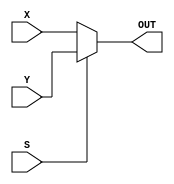
// Name:Maha Maher Mali
//ID:1200746
module Maha_1200746mux(X,Y,S,OUT);
input S;
input X,Y;
output OUT;
reg OUT;
always @ (X or Y or S)
begin 
	if(S==0)
		OUT=X;
	else 
		OUT=Y;
	end
endmodule